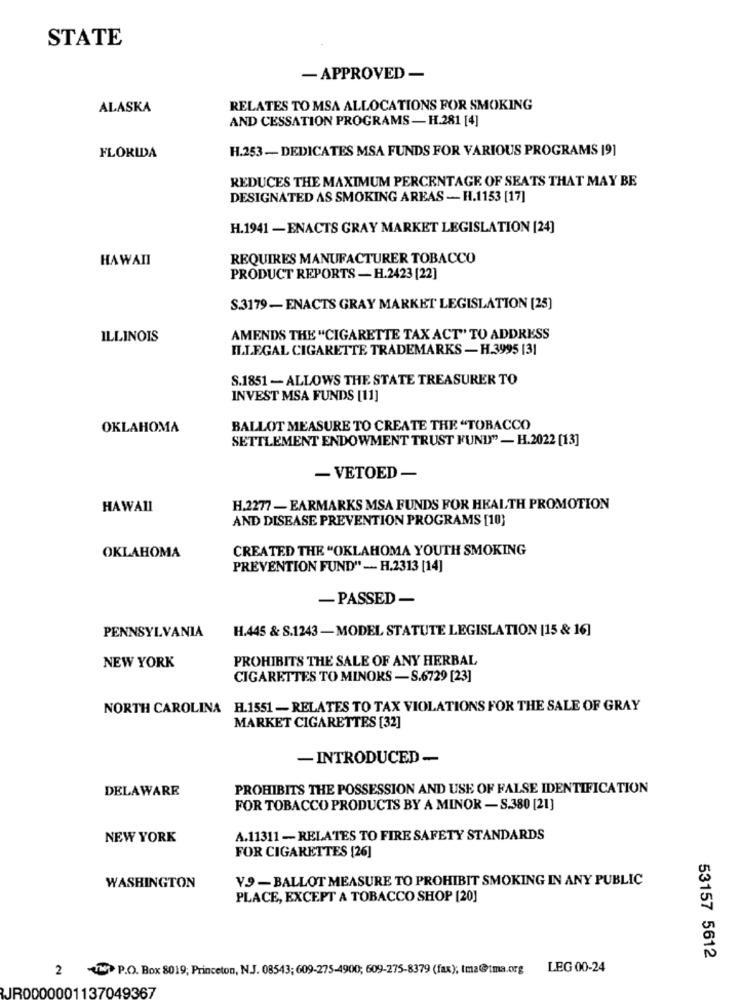
STATE
- APPROVED -
ALASKA
RELATES TO MSA ALLOCATIONS FOR SMOKING
AND CESSATION PROGRAMS - H.281 [4]
H.253-DEDICATES MSA FUNDS FOR VARIOUS PROGRAMS [9]
FLORIDA
REDUCES THE MAXIMUM PERCENTAGE OF SEATS THAT MAY BE
DESIGNATED AS SMOKING AREAS - H.1153 [17]
H.1941 - ENACTS GRAY MARKET LEGISLATION [24]
HAWAII
REQUIRES MANUFACTURER TOBACCO
PRODUCT REPORTS - H.2423 [22]
S.3179- ENACTS GRAY MARKET LEGISLATION [25]
ILLINOIS
AMENDS THE "CIGARETTE TAX ACT" TO ADDRESS
ILLEGAL CIGARETTE TRADEMARKS - H.3995 [3]
S.1851 - ALLOWS THE STATE TREASURER TO
INVEST MSA FUNDS [11]
OKLAHOMA
BALLOT MEASURE TO CREATE THE "TOBACCO
SETTLEMENT ENDOWMENT TRUST FUND" - H.2022 [13]
- VETOED -
HAWAII
H.2277 - EARMARKS MSA FUNDS FOR HEALTH PROMOTION
AND DISEASE PREVENTION PROGRAMS [10}
CREATED THE "OKLAHOMA YOUTH SMOKING
OKLAHOMA
PREVENTION FUND"- H.2313 [14]
- PASSED -
PENNSYLVANIA
H.445 & S.1243 - MODEL STATUTE LEGISLATION [15 & 16]
PROHIBITS THE SALE OF ANY HERBAL
NEW YORK
CIGARETTES TO MINORS - S.6729 [23]
NORTH CAROLINA H.1551 - RELATES TO TAX VIOLATIONS FOR THE SALE OF GRAY
MARKET CIGARETTES [32]
- INTRODUCED -
DELAWARE
PROHIBITS THE POSSESSION AND USE OF FALSE IDENTIFICATION
FOR TOBACCO PRODUCTS BY A MINOR - S.380 [21]
NEW YORK
A.11311 - RELATES TO FIRE SAFETY STANDARDS
FOR CIGARETTES [26]
Y9-BALLOT MEASURE TO PROHIBIT SMOKING IN ANY PUBLIC
WASHINGTON
PLACE, EXCEPT A TOBACCO SHOP [20]
53157 5612
2 TH P.O. Box 8019; Princeton, N.J. 08543; 609-275-4900; 609-275-8379 (fax); tma@tma.org
LEG 00-24
JR0000001137049367